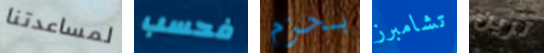
لمساعدتنا فحسب بحزم تشامبرز ترين